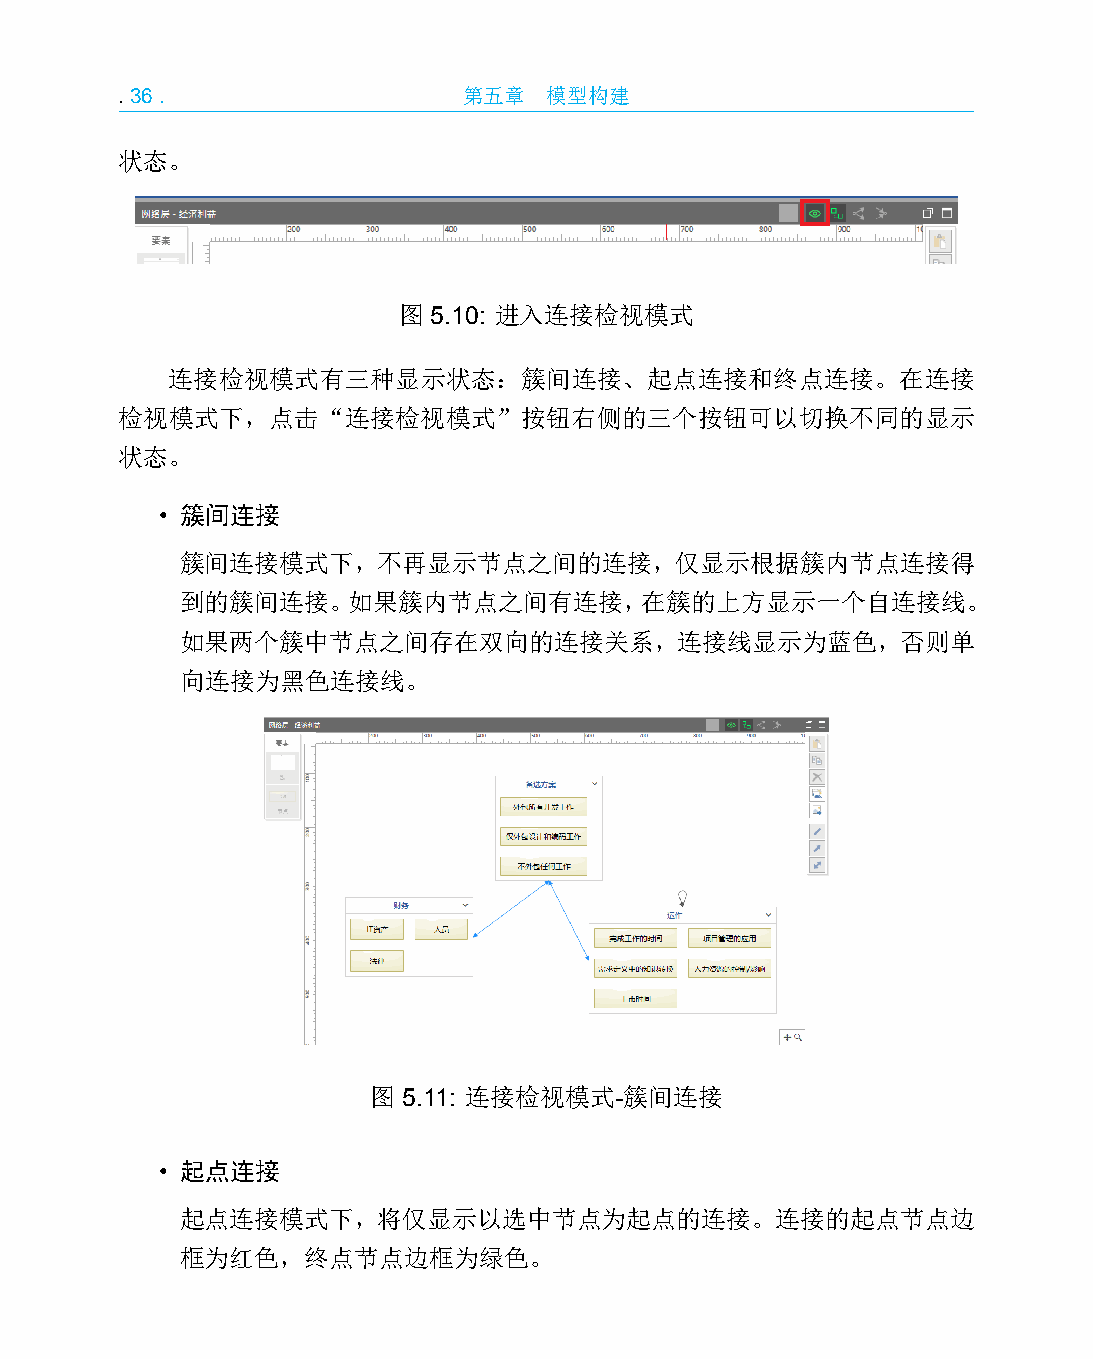
.36.                   第五章  模型构建
 状态。
 图 5.10: 进入连接检视模式
 连接检视模式有三种显示状态：簇间连接、起点连接和终点连接。在连接
 检视模式下，点击“连接检视模式”按钮右侧的三个按钮可以切换不同的显示
 状态。
 • 簇间连接
 簇间连接模式下，不再显示节点之间的连接，仅显示根据簇内节点连接得
 到的簇间连接。如果簇内节点之间有连接，在簇的上方显示一个自连接线。
 如果两个簇中节点之间存在双向的连接关系，连接线显示为蓝色，否则单
 向连接为黑色连接线。
 图 5.11: 连接检视模式-簇间连接
 • 起点连接
 起点连接模式下，将仅显示以选中节点为起点的连接。连接的起点节点边
 框为红色，终点节点边框为绿色。